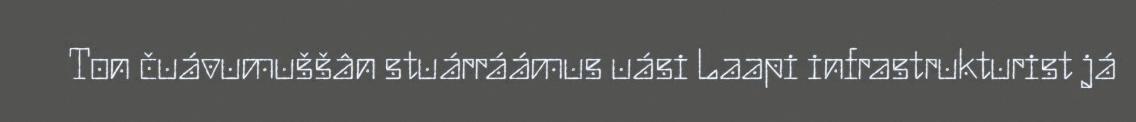
Ton čuávumuššân stuárráámus uási Laapi infrastrukturist já